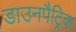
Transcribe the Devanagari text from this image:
डाउनपैट्रिक